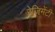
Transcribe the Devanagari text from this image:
रेजिमेंटी